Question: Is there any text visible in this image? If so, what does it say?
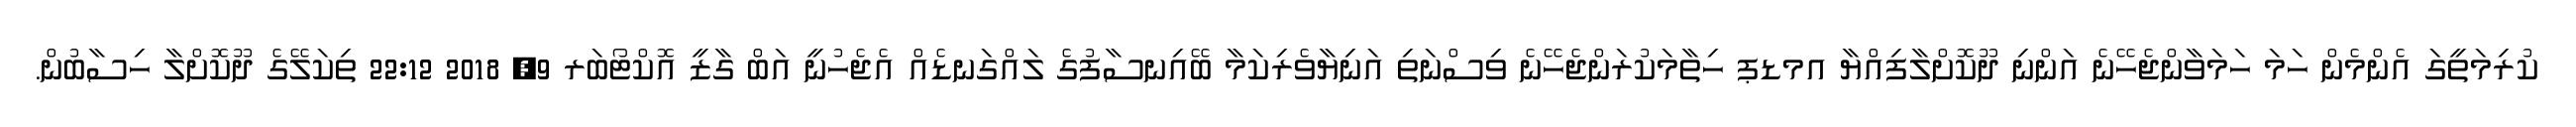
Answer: ކުރިމަތީގަ އެންމެން ހަމަ ހަމަވާންޖެހޭނެ އަންނި ދޫކޮށްލާފިއްޔާ އމޑޕ ހިތާމަކުރަންޖެހޭނެ ވިސްނަތި އަނިޔާވެރިކަމާ ބޭއިނސާފުގެ ލައްގަނޑެއް އެޖެހުނީ އަބް ގާޒީ އޮކްޓޯބަރ 9, 2018 22:12 ތިކަލޭގެ ދޫކޮށްލާ ހިސާބުން.